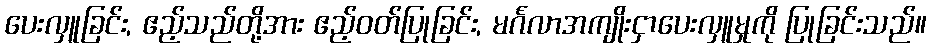
ပေးလှူခြင်း, ဧည့်သည်တို့အား ဧည့်ဝတ်ပြုခြင်း, မင်္ဂလာအကျိုးငှာပေးလှူမှုကို ပြုခြင်းသည်။